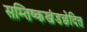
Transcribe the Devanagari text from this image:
सम्तिष्कखंडछेदित